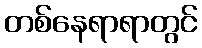
တစ်နေရာရာတွင်